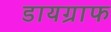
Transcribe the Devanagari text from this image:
डायग्राफ